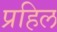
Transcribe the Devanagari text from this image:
प्रहिल